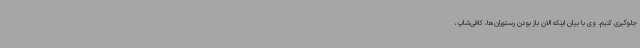
جلوگیری کنیم. وی با بیان اینکه الان باز بودن رستوران‌ها، کافی‌شاپ،